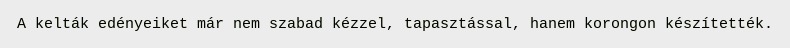
A kelták edényeiket már nem szabad kézzel, tapasztással, hanem korongon készítették.